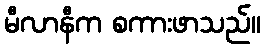
မီလာနီက စကားဖာသည်။